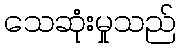
သေဆုံးမှုသည်